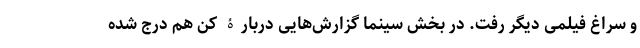
و سراغ فیلمی دیگر رفت. در بخش سینما گزارش‌هایی دربارۀ کن هم درج شده